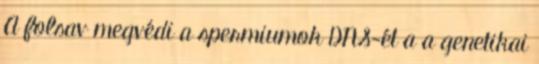
A folsav megvédi a spermiumok DNS-ét a a genetikai